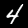
Digit: 4